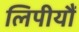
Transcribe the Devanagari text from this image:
लिपीयौं